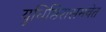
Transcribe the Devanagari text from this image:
युधिष्ठिरासमवेत